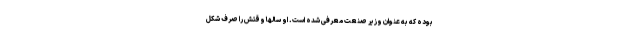
بوده که به عنوان وزیر صنعت معرفی شده است. او سالها وقتش را صرف شکل